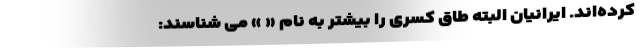
کرده‌اند. ایرانیان البته طاق کسری را بیشتر به نام « » می شناسند: